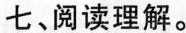
七、阅读理解。